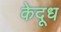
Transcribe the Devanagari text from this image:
केदूध